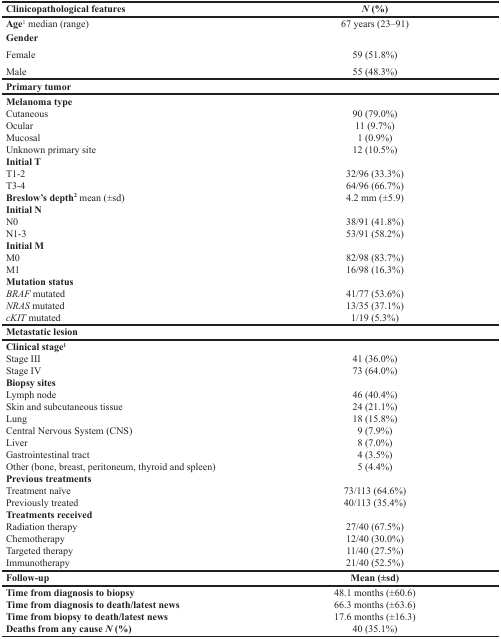
| Clinicopathological features | N (%) |
 | --- | --- |
 | Age1 median (range) | 67 years (23–91) |
 | Gender |  |
 | Female | 59 (51.8%) |
 | Male | 55 (48.3%) |
 | Primary tumor |  |
 | Melanoma type |  |
 | Cutaneous | 90 (79.0%) |
 | Ocular | 11 (9.7%) |
 | Mucosal | 1 (0.9%) |
 | Unknown primary site | 12 (10.5%) |
 | Initial T |  |
 | T1-2 | 32/96 (33.3%) |
 | T3-4 | 64/96 (66.7%) |
 | Breslow's depth2 mean (±sd) | 4.2 mm (±5.9) |
 | Initial N |  |
 | N0 | 38/91 (41.8%) |
 | N1-3 | 53/91 (58.2%) |
 | Initial M |  |
 | M0 | 82/98 (83.7%) |
 | M1 | 16/98 (16.3%) |
 | Mutation status |  |
 | BRAF mutated | 41/77 (53.6%) |
 | NRAS mutated | 13/35 (37.1%) |
 | cKIT mutated | 1/19 (5.3%) |
 | Metastatic lesion |  |
 | Clinical stage1 |  |
 | Stage III | 41 (36.0%) |
 | Stage IV | 73 (64.0%) |
 | Biopsy sites |  |
 | Lymph node | 46 (40.4%) |
 | Skin and subcutaneous tissue | 24 (21.1%) |
 | Lung | 18 (15.8%) |
 | Central Nervous System (CNS) | 9 (7.9%) |
 | Liver | 8 (7.0%) |
 | Gastrointestinal tract | 4 (3.5%) |
 | Other (bone, breast, peritoneum, thyroid and spleen) | 5 (4.4%) |
 | Previous treatments |  |
 | Treatment naïve | 73/113 (64.6%) |
 | Previously treated | 40/113 (35.4%) |
 | Treatments received |  |
 | Radiation therapy | 27/40 (67.5%) |
 | Chemotherapy | 12/40 (30.0%) |
 | Targeted therapy | 11/40 (27.5%) |
 | Immunotherapy | 21/40 (52.5%) |
 | Follow-up | Mean (±sd) |
 | Time from diagnosis to biopsy | 48.1 months (±60.6) |
 | Time from diagnosis to death/latest news | 66.3 months (±63.6) |
 | Time from biopsy to death/latest news | 17.6 months (±16.3) |
 | Deaths from any cause N (%) | 40 (35.1%) |